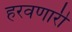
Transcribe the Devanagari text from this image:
हरवणारी